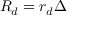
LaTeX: R _ { d } = r _ { d } \Delta